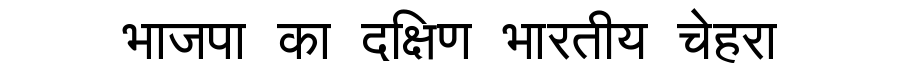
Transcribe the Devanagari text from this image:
भाजपा का दक्षिण भारतीय चेहरा